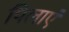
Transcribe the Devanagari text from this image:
पिलाएं